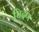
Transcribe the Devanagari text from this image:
चिदण